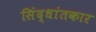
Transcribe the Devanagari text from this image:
सिंद्धांतकार